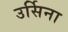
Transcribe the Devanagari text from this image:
उर्सिना